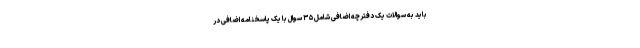
باید به سوالات یک دفترچه اضافی شامل ۳۵ سوال با یک پاسخنامه اضافی در